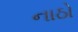
નાઠો